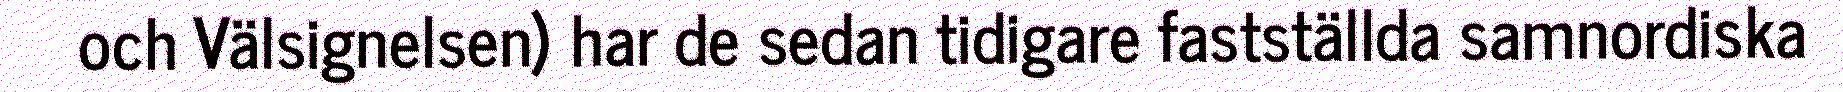
och Välsignelsen) har de sedan tidigare fastställda samnordiska